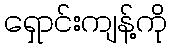
ရှောင်းကျန့်ကို